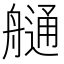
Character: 𦪏